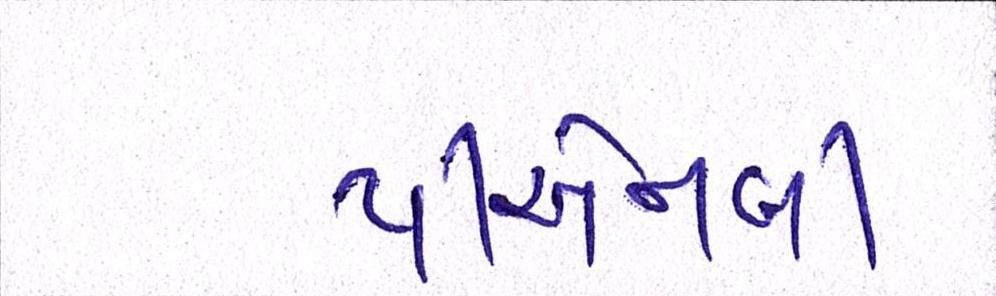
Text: પીએનબી